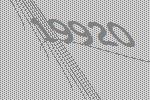
19920